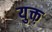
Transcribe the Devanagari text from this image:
युक्त़